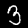
Digit: 3